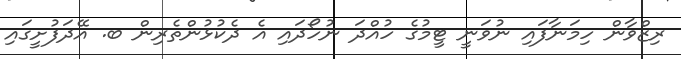
ރިޒްވާން ހިމަނާފައި ނުވަނީ ޓީމުގެ ހުއްދަ ނުހޯދައި އެ ދެކުޅުންތެރިން ބ. އޭދަފުށީގައި